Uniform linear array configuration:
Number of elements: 8
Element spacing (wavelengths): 0.5
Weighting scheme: hamming
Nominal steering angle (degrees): -45
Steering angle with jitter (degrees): -45.337
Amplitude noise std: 0.05
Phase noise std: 0.05

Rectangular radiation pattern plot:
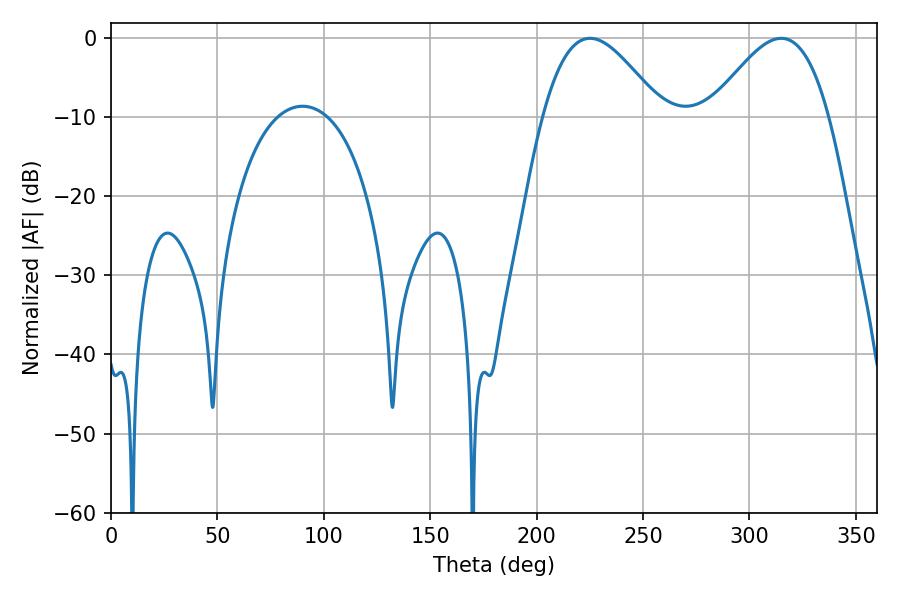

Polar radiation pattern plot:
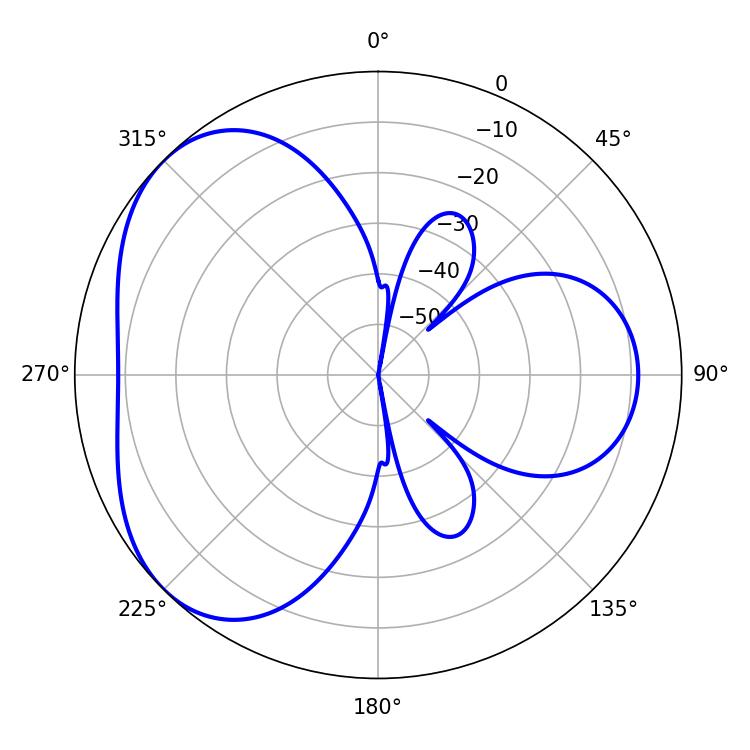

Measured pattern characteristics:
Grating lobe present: FALSE
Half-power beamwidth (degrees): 30.06
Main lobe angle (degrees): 225